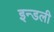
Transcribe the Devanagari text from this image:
इन्डली